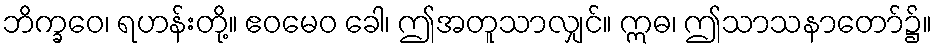
ဘိက္ခဝေ၊ ရဟန်းတို့။ ဧဝမေဝ ခေါ၊ ဤအတူသာလျှင်။ ဣဓ၊ ဤသာသနာတော်၌။